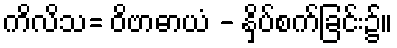
ကိလိသ= ဝိဗာဓာယံ - နှိပ်စက်ခြင်း၌။